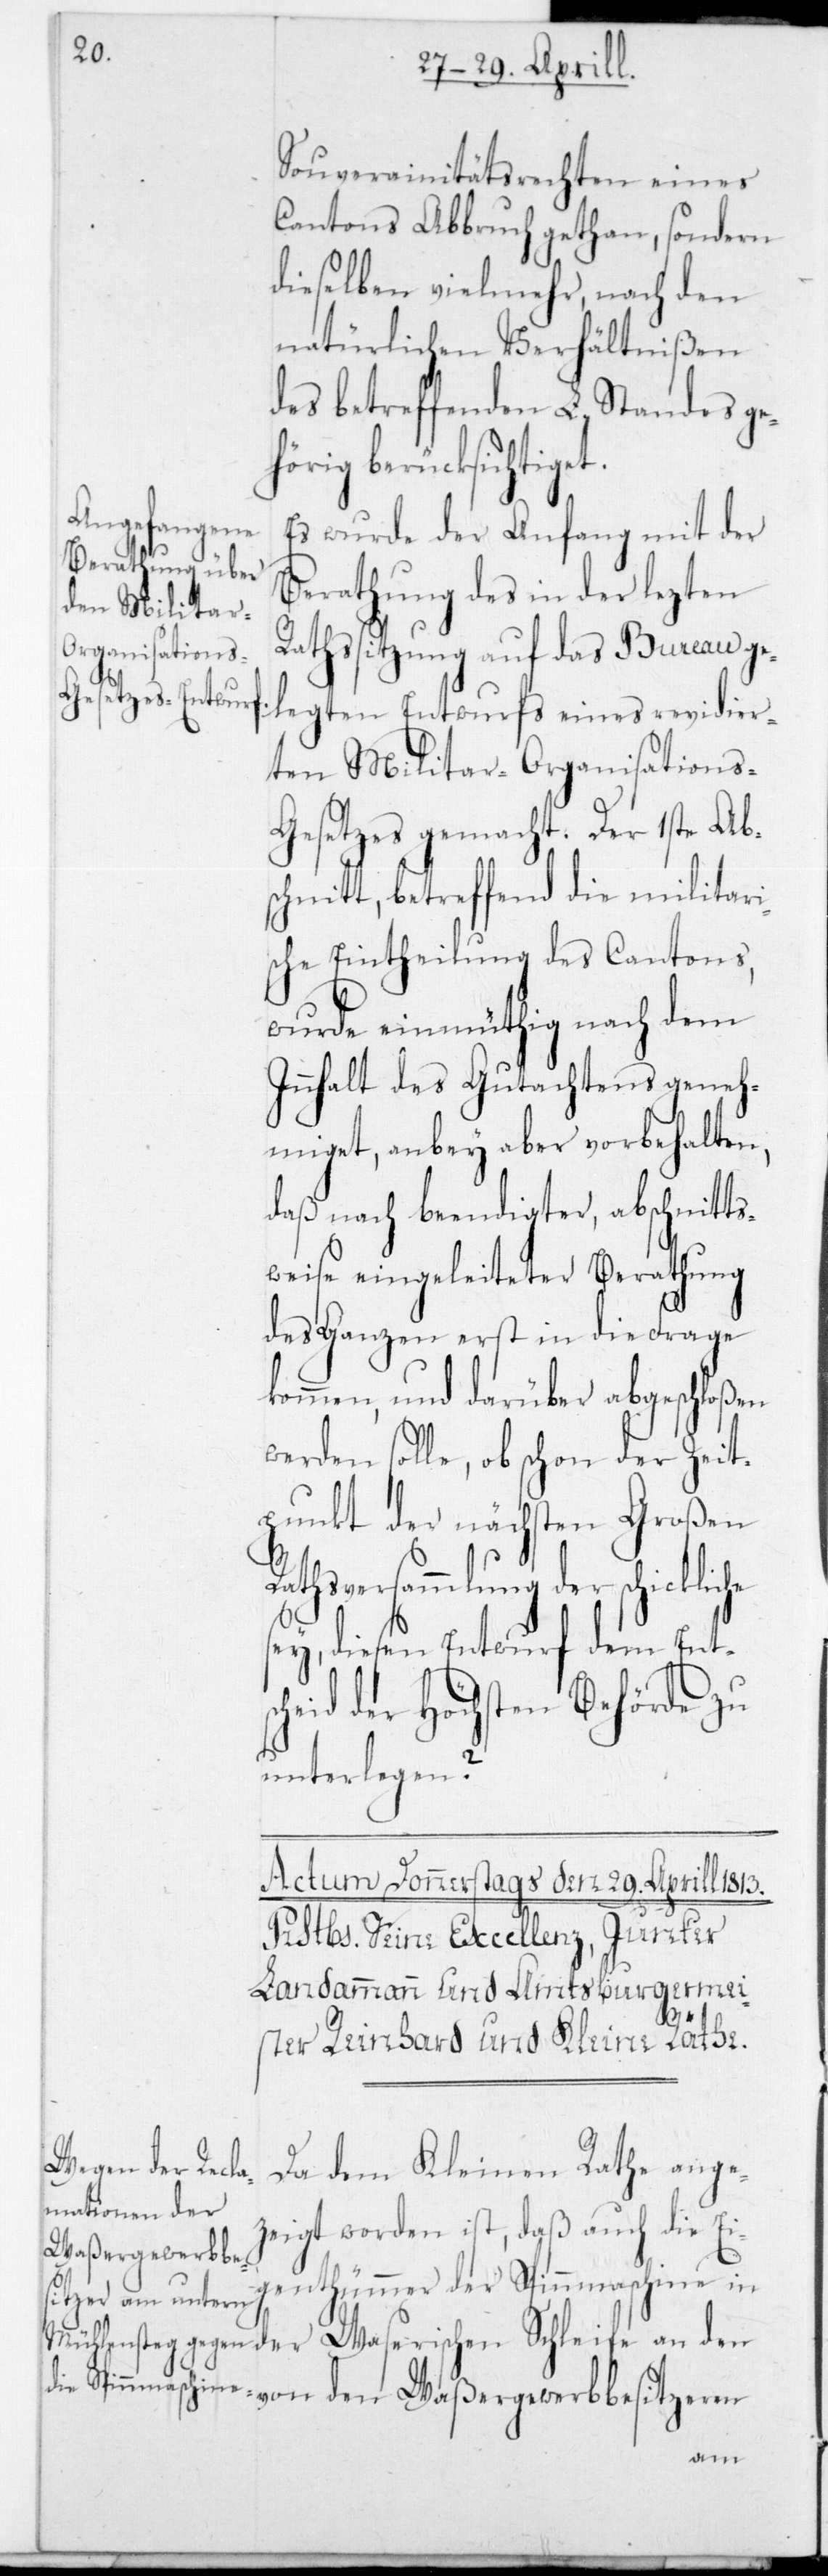
Souverainitätsrechten eines
Cantons Abbruch gethan, sondern
dieselben vielmehr, nach den
natürlichen Verhältnißen
des betreffenden L. Standes ge¬
hörig berücksichtige¬
Es wurde der Anfang mit der
Berathung des in der lezten
Rathssitzung auf das Bureau ge¬
legten Entwurfs eines revidier¬
ten Militar-Organisations-G¬
esetzes gemacht. Der 1ste Ab¬
schnitt, betreffend die militari¬
sche Eintheilung des Cantons,
wurde einmüthig nach dem
Innhalt des Gutachtens geneh¬
miget, anbey aber vorbehalten,
daß nach beendigter, abschnitts¬
weise eingeleiteter Berathung
des Ganzen erst in die Frage
kommen, und darüber abgeschloßen
werden solle, ob schon der Zeit¬
punkt der nächsten Großen
Rathsversammlung der schickliche
sey, diesen Entwurf dem Ents¬
cheid der höchsten Behörde zu
unterlegen?
Da dem Kleinen Rathe ange¬
zeigt worden ist, daß auch die Ei¬
genthümmer der Spinnmaschine in
Schleife an den von den Waßergewerbbesitzeren
t.